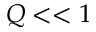
Q < < 1